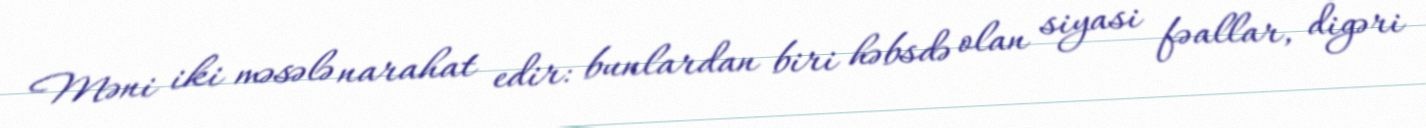
Məni iki məsələ narahat edir: bunlardan biri həbsdə olan siyasi fəallar, digəri